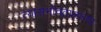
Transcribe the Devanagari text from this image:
त्यासभोवतालच्या